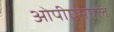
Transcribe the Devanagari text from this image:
ओपीएमएल